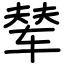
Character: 辇